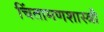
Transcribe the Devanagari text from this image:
चिंतामणशास्त्री